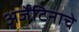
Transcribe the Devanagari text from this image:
अर्जेंटिनाचे